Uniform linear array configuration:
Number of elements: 24
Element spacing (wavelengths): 1
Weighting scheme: exponential
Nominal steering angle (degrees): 0
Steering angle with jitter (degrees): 0.5478
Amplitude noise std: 0.05
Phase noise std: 0.05

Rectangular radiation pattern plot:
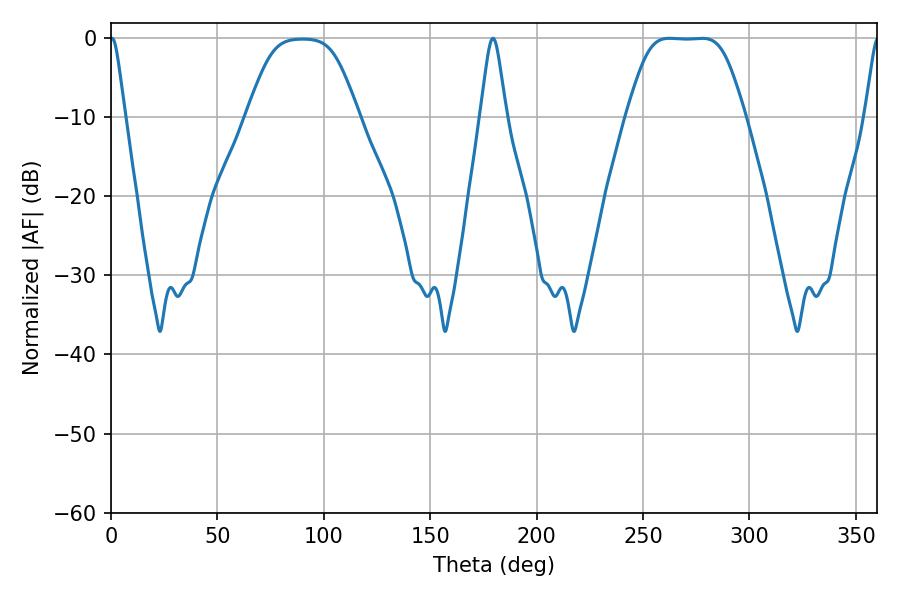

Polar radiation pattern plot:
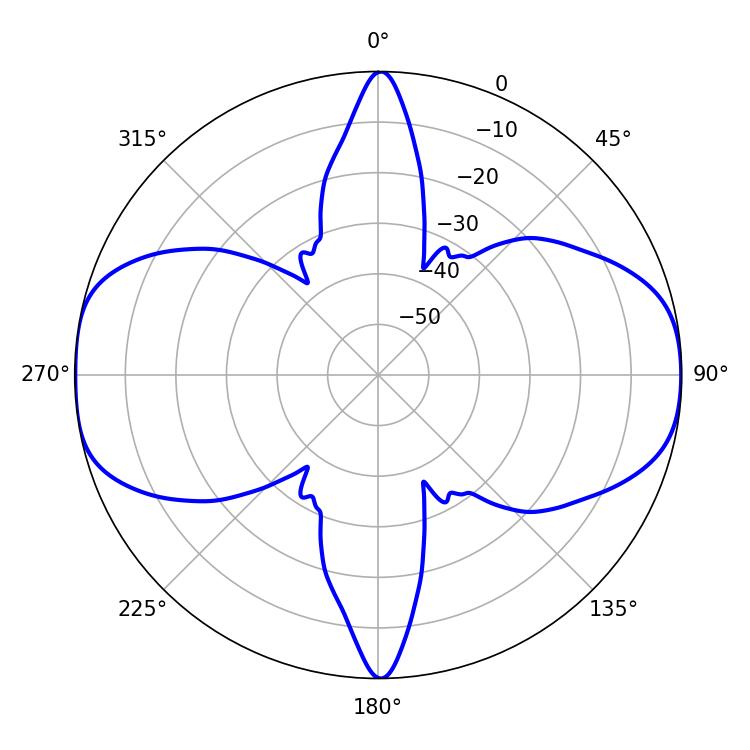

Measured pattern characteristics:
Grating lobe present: TRUE
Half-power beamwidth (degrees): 39.96
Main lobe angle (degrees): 262.44